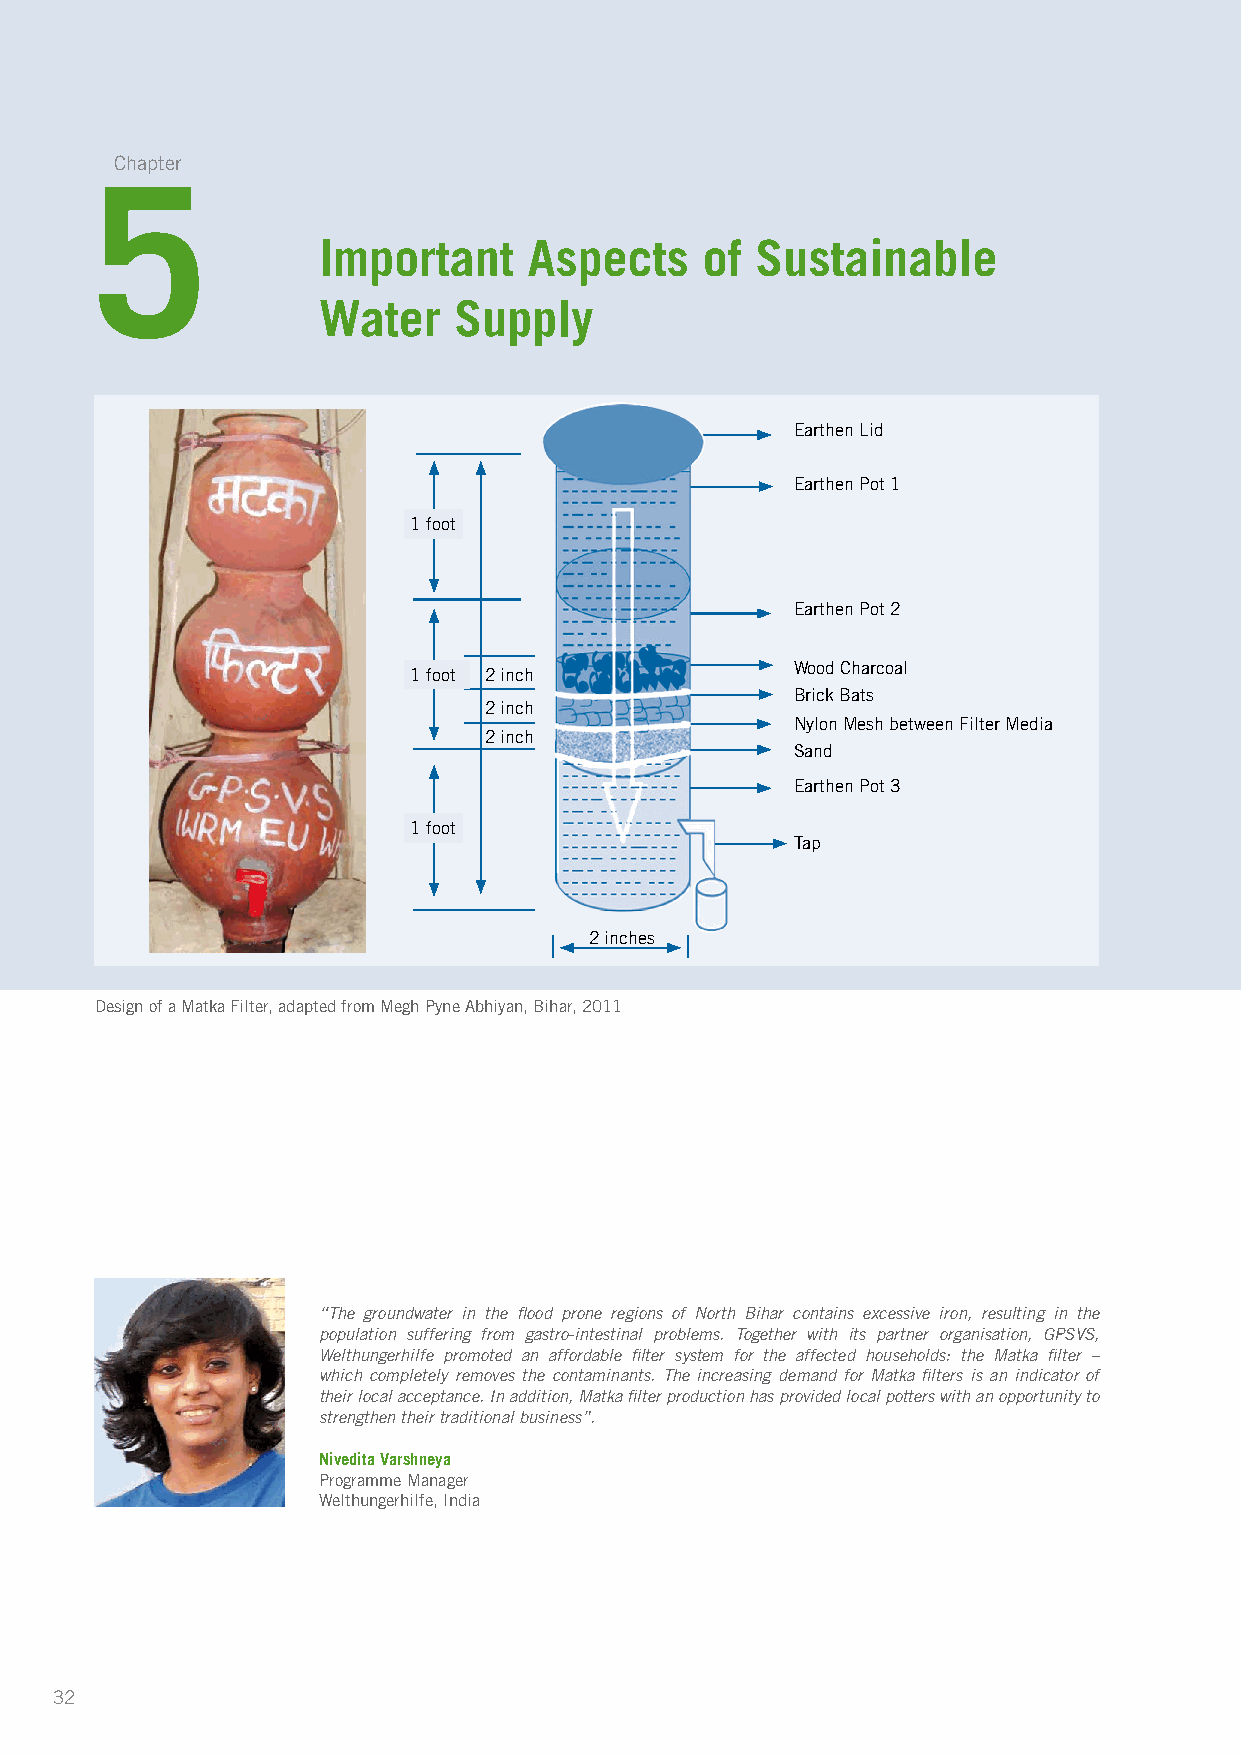
Chapter
 5
 Important     Aspects    of  Sustainable
 Water    Supply
 Earthen Lid
 Earthen Pot 1
 1 foot
 Earthen Pot 2
 Wood Charcoal
 1 foot 2 inch
 Brick Bats
 2 inch
 Nylon Mesh between Filter Media
 2 inch
 Sand
 Earthen Pot 3
 1 foot
 Tap
 2 inches
 Design of a Matka Filter, adapted from Megh Pyne Abhiyan, Bihar, 2011
 “The groundwater in the flood prone regions of North Bihar contains excessive iron, resulting in the
 population suffering from gastro-intestinal problems. Together with its partner organisation, GPSVS,
 Welthungerhilfe promoted an affordable filter system for the affected households: the Matka filter –
 which completely removes the contaminants. The increasing demand for Matka filters is an i ndicator of
 their local acceptance. In addition, Matka filter production has provided local potters with an opportunity to
 strengthen their traditional business”.
 Nivedita Varshneya
 Programme Manager
 Welthungerhilfe, India
 32